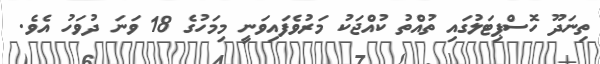
ތިނަދޫ ހޮސްޕިޓަލުގައި ތުއްތު ކުއްޖަކު މަރުވެފައިވަނީ މިމަހުގެ 18 ވަނަ ދުވަހު އެވެ.